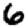
Digit: 6